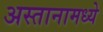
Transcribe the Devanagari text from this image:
अस्तानामध्ये